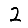
Digit: 2